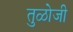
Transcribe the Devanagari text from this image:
तुळोजी